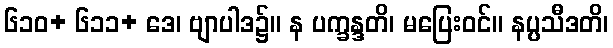
၆၁၀+ ၆၁၁+ ဒေ၊ ဗျာပါဒ၌။ န ပက္ခန္ဒတိ၊ မပြေးဝင်။ နပ္ပသီဒတိ၊